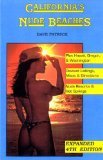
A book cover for California's Nude Beaches/Plus Hawaii, Oregon, & Washington; Dave Patrick; Travel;